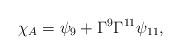
LaTeX: \begin{align*}{\chi_{A}=\psi_9 +\Gamma^9\Gamma^{11}\psi_{11},}\end{align*}